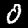
Digit: 0